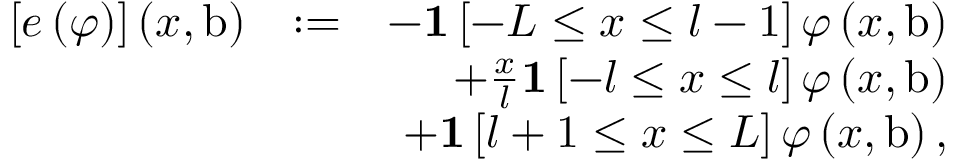
\begin{array} { r l r } { \left[ e \left( \varphi \right) \right] \left( x , \mathrm { b } \right) } & { : = } & { - \mathbf { 1 } \left[ - L \leq x \leq l - 1 \right] \varphi \left( x , \mathrm { b } \right) } \\ & { } & { + \frac { x } { l } \mathbf { 1 } \left[ - l \leq x \leq l \right] \varphi \left( x , \mathrm { b } \right) } \\ & { } & { + \mathbf { 1 } \left[ l + 1 \leq x \leq L \right] \varphi \left( x , \mathrm { b } \right) , } \end{array}